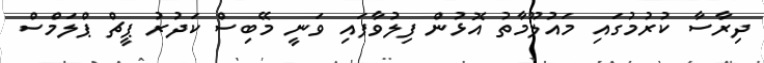
ދިރާސާ ކުރުމުގައި މައުލޫމާތު އޮޅުން ފިލުވާފައި ވަނީ މޭބިސް ކަދުރު ޕީޗް ޕްލަމްސް